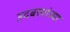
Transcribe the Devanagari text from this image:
उदबत्त्यांच्या